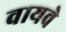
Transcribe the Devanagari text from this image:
वायवे